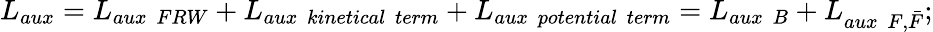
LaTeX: L_{aux}=L_{aux~~FRW}+L_{aux~~kinetical~~term}+L_{aux~~potential~~term}=L_{aux~~B}+L_{aux~~F,\bar{F}};